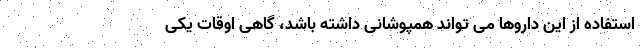
استفاده از این داروها می تواند همپوشانی داشته باشد، گاهی اوقات یکی